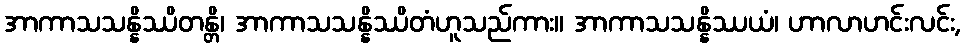
အာကာသသန္နိဿိတန္တိ၊ အာကာသသန္နိဿိတံဟူသည်ကား။ အာကာသသန္နိဿယံ၊ ဟာလာဟင်းလင်း,